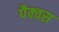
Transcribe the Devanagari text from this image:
पैक्वस